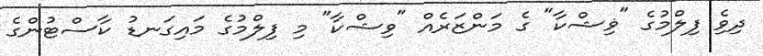
ދިވެި ފިލްމުގެ "ޥިޝްކާ" ގެ މަންޒަރެއް "ވިޝްކާ" މި ފިލްމުގެ މައިގަނޑު ކާސްޓުންގެ